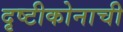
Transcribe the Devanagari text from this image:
दृष्टीकोनाची